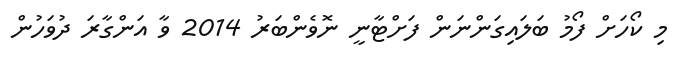
މި ކޯހަށް ފޯމު ބަލައިގަންނަން ފަށްޓާނީ ނޮވެންބަރު 2014 ވާ އަންގާރަ ދުވަހުން